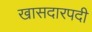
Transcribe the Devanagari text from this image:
खासदारपदी